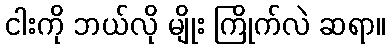
ငါးကို ဘယ်လို မျိုး ကြိုက်လဲ ဆရာ။